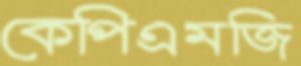
কেপিএমজি